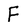
Character: F